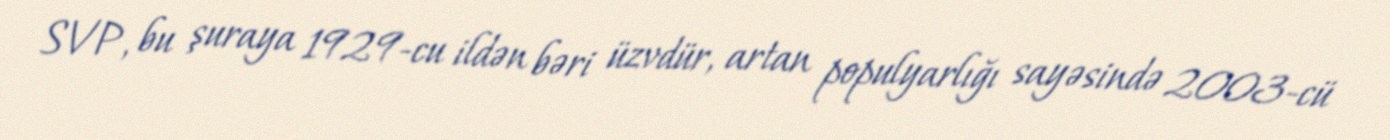
SVP, bu şuraya 1929-cu ildən bəri üzvdür, artan populyarlığı sayəsində 2003-cü